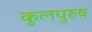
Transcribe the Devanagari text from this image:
कुलपुरुष